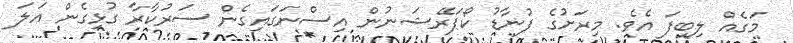
މަގެއް ލިބިފަ އެެވެ. މިރަށުގެ ފުނާޑު ކޯޕަރޭޝަނުން އިސްނަގައިގެން ސަރުކާރާ ގުޅިގެން އަލަ